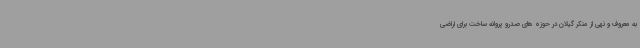
به معروف و نهی از منکر گیلان در حوزه های صدرو پروانه ساخت برای اراضی